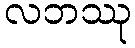
လဘဿု